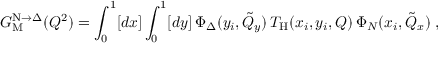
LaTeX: G _ { \mathrm { M } } ^ { \mathrm { N } \to \Delta } ( Q ^ { 2 } ) = \int _ { 0 } ^ { 1 } [ d x ] \int _ { 0 } ^ { 1 } [ d y ] \, \Phi _ { \Delta } ( y _ { i } , \tilde { Q } _ { y } ) \, T _ { \mathrm { H } } ( x _ { i } , y _ { i } , Q ) \, \Phi _ { N } ( x _ { i } , \tilde { Q } _ { x } ) \; ,